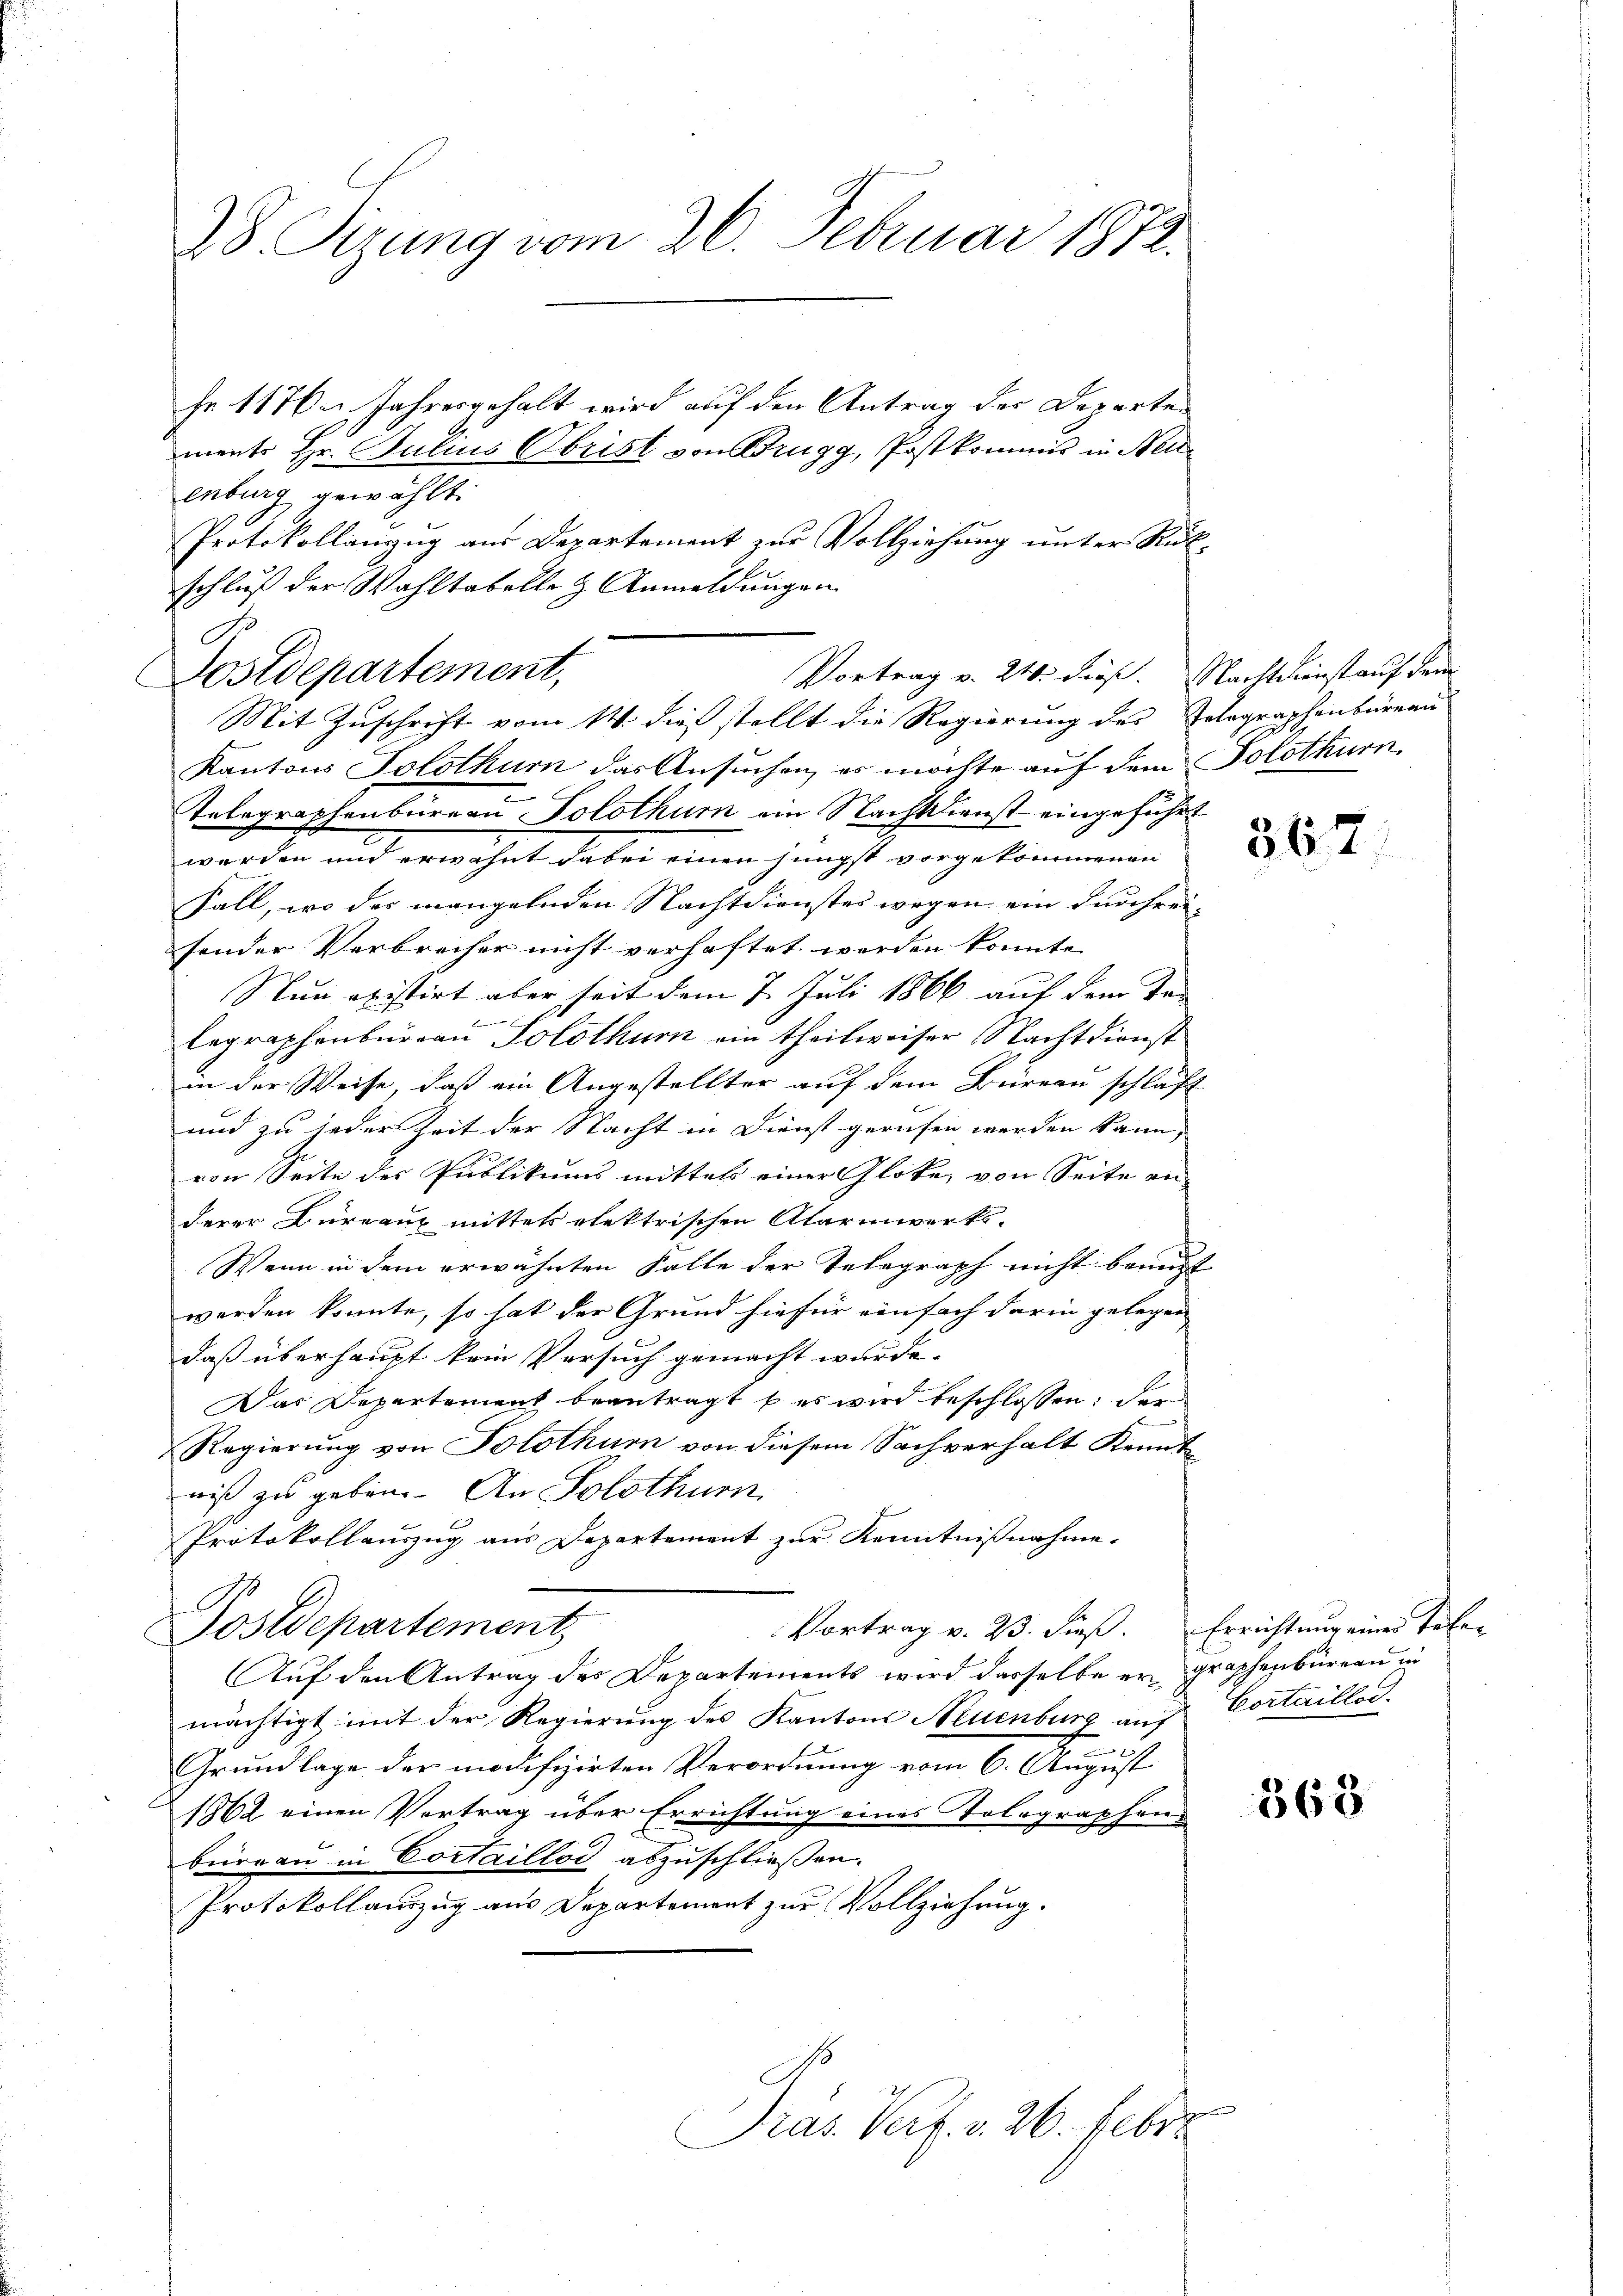
28. Sizung vom 26. Februar 1872.

Fr. 117. Jahresgehalt wird auf den Antrag des Departen
ments Hr. Julius Obrist von Brugg, Postkommis in Neuenburg gewählt.
Protokollanzug aus Departement zur Vollziehung unter Rükschluß der Wahltabelle & Anmeldungen
C
Postdepartement,
Kantons Solothurn das Ansuchen, es möchte auf dem Solothurn,
Telegraphenbüreau Solothurn ein Nachtdienst eingeführt
werden und erwähnt dabei einen jüngst vorgekommenen
Fall, wo der mangelnden Nachtdienstes wegen ein durchrei-
sonder Verbrecher nicht verhaftet werden konnte.
Nun existirt aber seit dem 7. Juli 1866 auf dem Ve

legraphenbureau Solothurn ein theilweiser Nachtdienst
in der Weise, daß ein Angestellter auf dem Büreau schlaft
und zu jeder Zeit der Nacht in Dienst gerufen werden kann, |
von Seite des Publikums mittels einer Glote, von Seite an
derer Bureaux mittels elektrischen Alarmwerks-
Wenn in dem erwähnten Falle der Telegraph nicht benutzt
werden konnte, so hat der Grund hiefür einfach darin gelegen
daß überhaupt kein Versuch gemacht wurde.
Das Departement beantragt b es wird beschlossen: der
Regierung von Solothur von diesem Sachverhalt Kenntniß zu geben. An Solothurn
Protokollauszug aus Departement zur Kenntnißnahme.
G
Vortrag v. 23. Fieß. Errichtung einer Tafe-
Postdepartement
Auf den Antrag des Departements wird dasselbe er graphenbüreau in
mächtigt mit der Regierung des Kantons Neuenburg auf Cortaillo¬
4
Grundlage der modifizirten Verordnung vom 6. August
1862 einen Vertrag über Errichtung eines Tolographen
bureau in Cortaillod abzuschließen.
Protokollauszug aus Departement zur Vollziehung.

Vortrag v. 24. dieß. Nachtkunst auf dem
Mit Zuschrift vom 14. dieß stellt die Regierung des Telegraphenbüreau

Kras. Verf. v. 26. Febr.

567

368